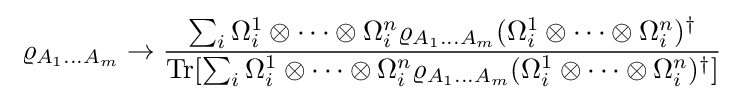
\;\varrho _{A_{1}\ldots A_{m}}\to {\frac {\sum _{i}\Omega _{i}^{1}\otimes \cdots \otimes \Omega _{i}^{n}\varrho _{A_{1}\ldots A_{m}}(\Omega _{i}^{1}\otimes \cdots \otimes \Omega _{i}^{n})^{\dagger }}{\operatorname {Tr} [\sum _{i}\Omega _{i}^{1}\otimes \cdots \otimes \Omega _{i}^{n}\varrho _{A_{1}\ldots A_{m}}(\Omega _{i}^{1}\otimes \cdots \otimes \Omega _{i}^{n})^{\dagger }]}}